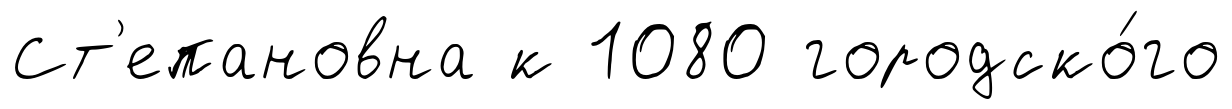
Ст'епановна к 1080 городско́го